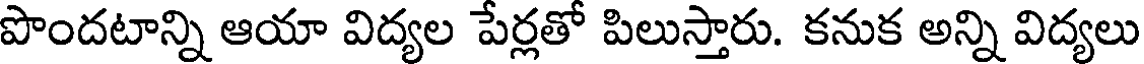
పొందటాన్ని ఆయా విద్యల పేర్లతో పిలుస్తారు. కనుక అన్ని విద్యలు